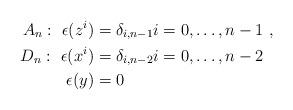
LaTeX: \begin{align*} A_n :\ \epsilon (z^i) &= \delta_{i,n-1} i = 0, \dots, n-1 \ , \\ D_n :\ \epsilon (x^i) &= \delta_{i, n-2} i = 0, \dots, n-2 \ \\ \epsilon (y) &= 0 \end{align*}